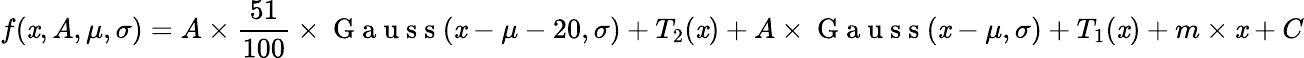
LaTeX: f(\mathit{x},A,\mu,\sigma)=A\times\frac{{51}}{{100}}\times\mathrm{{~G~a~u~s~s~}}(\mathit{x}-\mu-20,\sigma)+T_{2}(\mathit{x})+A\times\mathrm{{~G~a~u~s~s~}}(\mathit{x}-\mu,\sigma)+T_{1}(\mathit{x})+m\times\mathit{x}+C